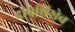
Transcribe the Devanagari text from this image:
दीपशिखेव